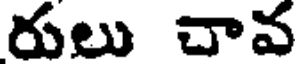
రులు చావ